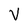
Character: V